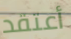
أعتقد